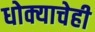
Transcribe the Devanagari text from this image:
धोक्याचेही